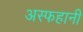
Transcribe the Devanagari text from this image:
अस्फहानी